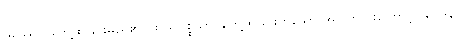
ဖဿော၊ တွေ့ထိခြင်းမည်၏။ ဖဿပ္ပစ္စယာ၊ တွေ့ထိခြင်းဟူသော အကြောင်းကြောင့်။ ဝေဒနာ၊